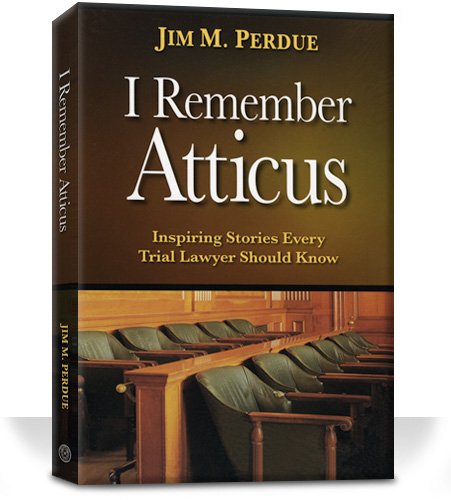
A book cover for I Remember Atticus: Inspiring Stories Every Trial Lawyer Should Know; Law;